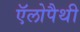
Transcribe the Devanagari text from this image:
ऍलोपैथी